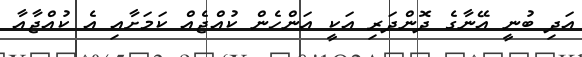
އަދި ބުނީ އޭނާގެ ދޮންދަރި އަކީ އަންހެން ކުއްޖެއް ކަމަށާއި އެ ކުއްޖާއާ